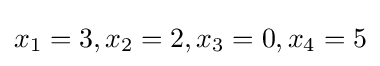
x_{1}=3,x_{2}=2,x_{3}=0,x_{4}=5